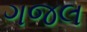
ગજલ